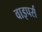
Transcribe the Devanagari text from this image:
वाइपर्स